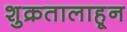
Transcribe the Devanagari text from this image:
शुक्रतालाहून